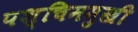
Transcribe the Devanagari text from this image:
पश्चिममुखी